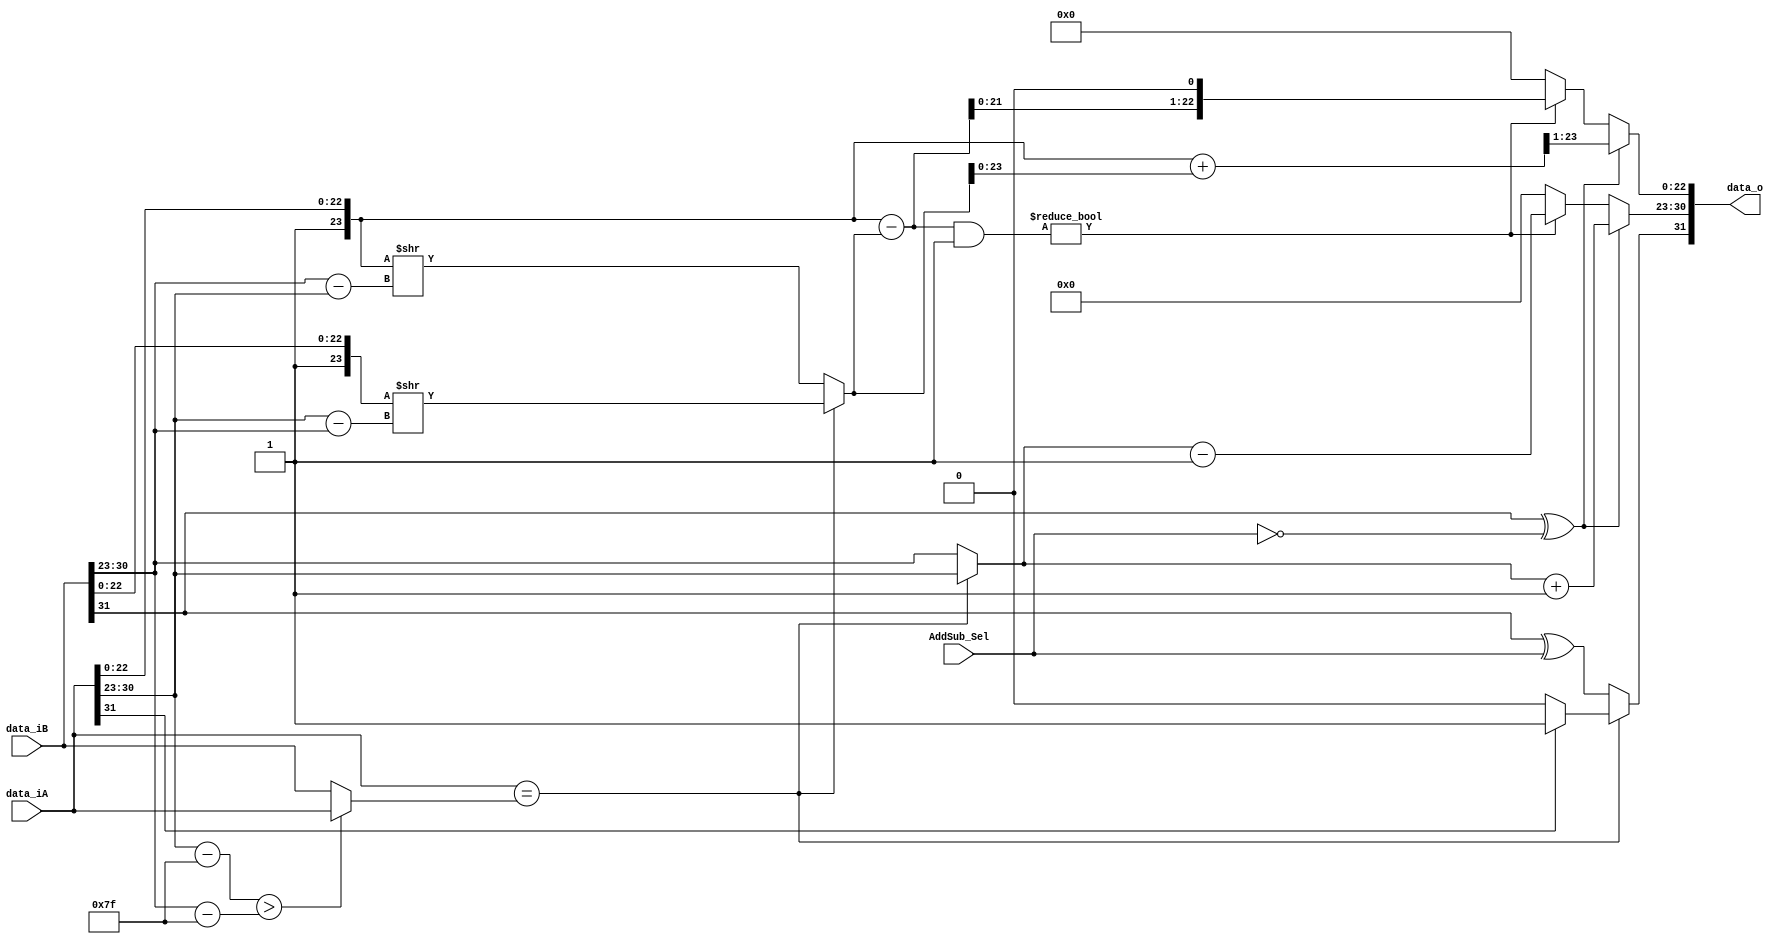
module FP_AddSub(data_iA, data_iB, data_o, AddSub_Sel);
	input [31:0] data_iA, data_iB;
	input AddSub_Sel;
	output reg [31:0] data_o;
	
	reg SignProduct;
	reg [31:0] BigFloat;
	reg [7:0] ExpA, ExpB, ExpDiff, ExpFinal;
	reg [24:0] MantA, MantB, shiftedMant, Product, MantFinal;
	
	always @ (data_iA, data_iB, AddSub_Sel) begin
			// Separate all components (sign, exponent, mantissa)
			ExpA = data_iA[30:23];
			ExpB = data_iB[30:23];
			MantA = { 2'b01, data_iA[22:0] };
			MantB = { 2'b01, data_iB[22:0] };
			
			// Find out which number has the bigger exponent
			if (data_iA[30:23] - 8'd127 > data_iB[30:23] - 8'd127) begin
				BigFloat = data_iA;
			end else begin
				BigFloat = data_iB;
			end
			
			if (data_iA == BigFloat)
				begin
					// Find exponents difference
					ExpDiff = ExpA - ExpB;
			
					// Shift Right the smaller Exponent to make the two equal
					shiftedMant = MantB >> ExpDiff;
					
					ExpFinal = ExpA;
				end
			else begin
					// Find exponents difference
					ExpDiff = ExpB - ExpA;
			
					// Shift Right the smaller Exponent to make the two equal
					shiftedMant = MantA >> ExpDiff;
					
					ExpFinal = ExpB;
			end
			
			
			// Add/Sub two Mantissas
			if (data_iB[31] ^ AddSub_Sel == 0)
				begin
					Product = MantA + shiftedMant;
					
					// Normalise the mantissa and adjust the exponent
					MantFinal = Product >> 1;
					ExpFinal = ExpFinal + 8'd1;
				end
			else 
				begin
					Product = MantA - shiftedMant;
					
					// Normalise the mantissa and adjust the exponent
					if (Product & 25'b0010000000000000000000000 != 1'b0)
						begin
							MantFinal = Product << 1;
							ExpFinal = ExpFinal - 8'd1;
						end
					else if (Product & 25'b0001000000000000000000000 != 1'b0)
						begin
							MantFinal = Product << 2;
							ExpFinal = ExpFinal - 8'd2;
						end
					else if (Product & 25'b0000100000000000000000000 != 1'b0)
						begin
							MantFinal = Product << 3;
							ExpFinal = ExpFinal - 8'd3;
						end
					else if (Product & 25'b0000010000000000000000000 != 1'b0)
						begin
							MantFinal = Product << 4;
							ExpFinal = ExpFinal - 8'd4;
						end
					else if (Product & 25'b0000001000000000000000000 != 1'b0)
						begin
							MantFinal = Product << 5;
							ExpFinal = ExpFinal - 8'd5;
						end
					else if (Product & 25'b0000000100000000000000000 != 1'b0)
						begin
							MantFinal = Product << 6;
							ExpFinal = ExpFinal - 8'd6;
						end
					else if (Product & 25'b0000000010000000000000000 != 1'b0)
						begin
							MantFinal = Product << 7;
							ExpFinal = ExpFinal - 8'd7;
						end
					else if (Product & 25'b0000000001000000000000000 != 1'b0)
						begin
							MantFinal = Product << 8;
							ExpFinal = ExpFinal - 8'd8;
						end
					else if (Product & 25'b0000000000100000000000000 != 1'b0)
						begin
							MantFinal = Product << 9;
							ExpFinal = ExpFinal - 8'd9;
						end
					else if (Product & 25'b0000000000010000000000000 != 1'b0)
						begin
							MantFinal = Product << 10;
							ExpFinal = ExpFinal - 8'd10;
						end
					else if (Product & 25'b0000000000001000000000000 != 1'b0)
						begin
							MantFinal = Product << 11;
							ExpFinal = ExpFinal - 8'd11;
						end
					else if (Product & 25'b0000000000000100000000000 != 1'b0)
						begin
							MantFinal = Product << 12;
							ExpFinal = ExpFinal - 8'd12;
						end
					else if (Product & 25'b0000000000000010000000000 != 1'b0)
						begin
							MantFinal = Product << 13;
							ExpFinal = ExpFinal - 8'd13;
						end
					else if (Product & 25'b0000000000000001000000000 != 1'b0)
						begin
							MantFinal = Product << 14;
							ExpFinal = ExpFinal - 8'd14;
						end
					else if (Product & 25'b0000000000000000100000000 != 1'b0)
						begin
							MantFinal = Product << 15;
							ExpFinal = ExpFinal - 8'd15;
						end
					else if (Product & 25'b0000000000000000010000000 != 1'b0)
						begin
							MantFinal = Product << 16;
							ExpFinal = ExpFinal - 8'd16;
						end
					else if (Product & 25'b0000000000000000001000000 != 1'b0)
						begin
							MantFinal = Product << 17;
							ExpFinal = ExpFinal - 8'd17;
						end
					else if (Product & 25'b0000000000000000000100000 != 1'b0)
						begin
							MantFinal = Product << 18;
							ExpFinal = ExpFinal - 8'd18;
						end
					else if (Product & 25'b0000000000000000000010000 != 1'b0)
						begin
							MantFinal = Product << 19;
							ExpFinal = ExpFinal - 8'd19;
						end
					else if (Product & 25'b0000000000000000000001000 != 1'b0)
						begin
							MantFinal = Product << 20;
							ExpFinal = ExpFinal - 8'd20;
					end
					else if (Product & 25'b0000000000000000000000100 != 1'b0)
						begin
							MantFinal = Product << 21;
							ExpFinal = ExpFinal - 8'd21;
						end
					else if (Product & 25'b0000000000000000000000010 != 1'b0)
						begin
							MantFinal = Product << 22;
							ExpFinal = ExpFinal - 8'd22;
						end
					else if (Product & 25'b0000000000000000000000001 != 1'b0)
						begin
							MantFinal = Product << 23;
							ExpFinal = ExpFinal - 8'd23;
						end
					else
						begin
							MantFinal = 25'd0;
							ExpFinal = 8'd0;
						end
				end
			
			// Calculate result sign
			if (data_iA == BigFloat)
				begin
					SignProduct = (~data_iA[31]) ? 1'b0 : 1'b1;
				end
			else SignProduct = data_iB[31] ^ AddSub_Sel;
			
			// Output
			data_o = { SignProduct, ExpFinal[7:0], MantFinal[22:0] };
	end
endmodule